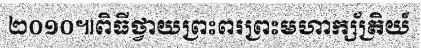
២០១០៕ពិធីថ្វាយព្រះពរព្រះមហាក្ស័ត្រិយ៍